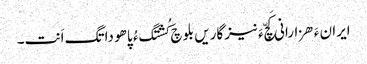
ایران ءَ ھزارانی کَچّ ءَ نیزگاریں بلوچ کُشتگ ءُ پاھو داتگ اَنت۔